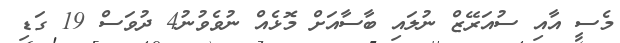
މެސީ އާއި ސުއަރޭޒް ނުލައި ބާސާއަށް މޮޅެއް ނުވެވުނު4 ދުވަސް 19 ގަޑި